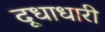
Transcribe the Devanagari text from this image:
दूधाधारी